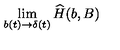
\lim _ { b ( t ) \to \delta ( t ) } { \widehat H } ( b , B )